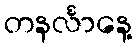
တနင်္လာနေ့